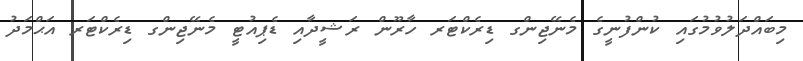
މިބައްދަލުވުމުގައި ކުންފުނީގެ މެނޭޖިންގ ޑިރެކްޓަރ ހާރޫން ރަޝީދާއި ޑެޕިއުޓީ މެނޭޖިންގ ޑިރެކްޓަރ އަޙްމަދު